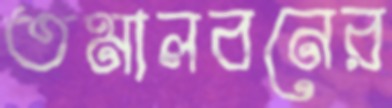
তমালবনের